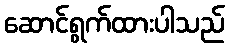
ဆောင်ရွက်ထားပါသည်